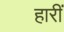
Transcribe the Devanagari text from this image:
हारीं